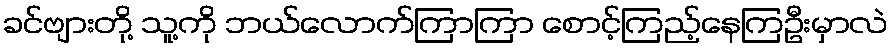
ခင်ဗျားတို့ သူ့ကို ဘယ်လောက်ကြာကြာ စောင့်ကြည့်နေကြဦးမှာလဲ